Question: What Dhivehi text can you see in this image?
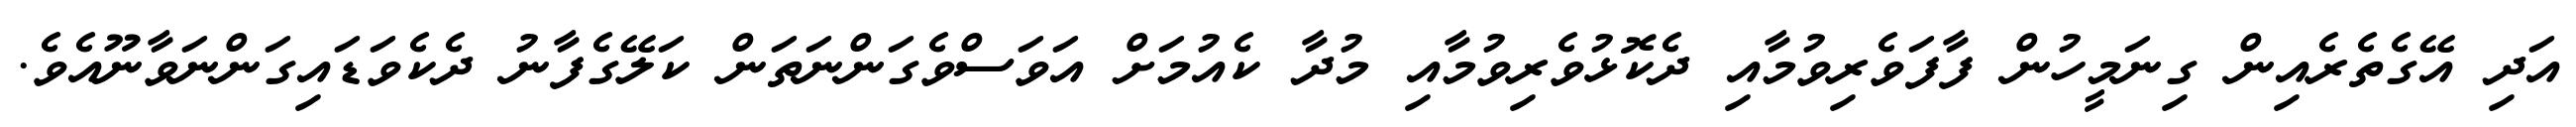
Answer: އަދި އޭގެތެރެއިން ގިނަމީހުން ފާފަވެރިވުމާއި ދެކޮޅުވެރިވުމާއި މުދާ ކެއުމަށް އަވަސްވެގަންނަތަން ކަލޭގެފާނު ދެކެވަޑައިގަންނަވާނޫއެވެ.